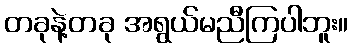
တခုနဲ့တခု အရွယ်မညီကြပါဘူး။